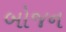
બોજન